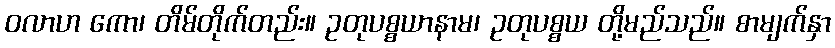
ဝလာဟ ကော၊ တိမ်တိုက်တည်း။ ဥတုပစ္စယာနာမ၊ ဥတုပစ္စယ တို့မည်သည်။ စာမျက်နှာ